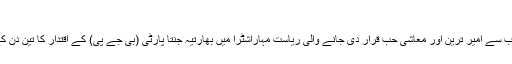
فائل فوٹو
مہارشٹرا: بھارت کی سب سے امیر ترین اور معاشی حب قرار دی جانے والی ریاست مہاراشٹرا میں بھارتیہ جنتا پارٹی (بی جے پی) کے اقتدار کا تین دن کے اندر ہی خاتمہ ہو گیا۔